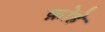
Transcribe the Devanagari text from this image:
क़ोहे